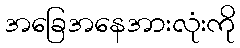
အခြေအနေအားလုံးကို